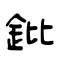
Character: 鈚